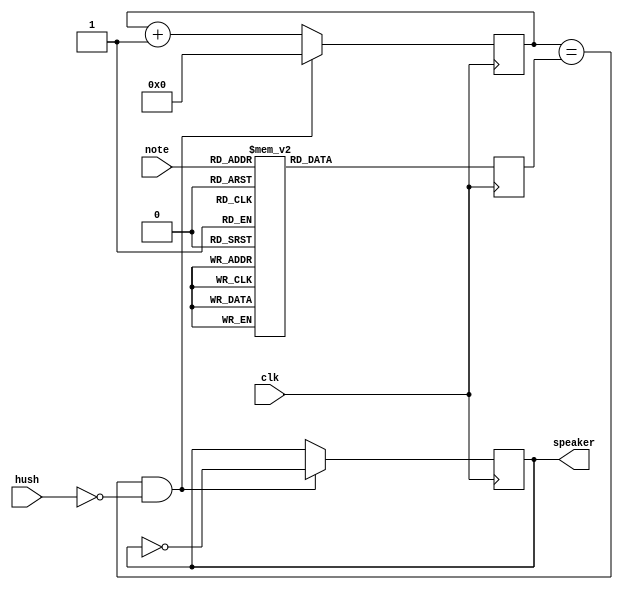
`timescale 1ns / 1ps
//////////////////////////////////////////////////////////////////////////////////
// Company: 
// Engineer: 
// 
// Design Name: 
// Module Name: Lab4
// Project Name: 
// Target Devices: 
// Tool Versions: 
// Description: 
// 
// Dependencies: 
// 
// Revision:
// Revision 0.01 - File Created
// Additional Comments:
// 
//////////////////////////////////////////////////////////////////////////////////


module Lab4(
//clock signal, 100 MHz from oscillator
input wire clk, 
//frequency select
input wire [3:0] note, 
//be silent
input wire hush,
//audio output
output wire speaker
);
//Sixteen keys cover more than one octave, which should be sufficient.
//The frequency of a key called "Concert A" or A4 is 440 Hz.
//The twelfth root of two relates the frequencies of adjacent keys.
//The single clock used in this design is running at a nominal 100 MHz
reg [17:0] clockcount;
reg clockoutput;
//Oscillator Frequency 100000000
//Oscillator Period 0.00000001
reg [16:0] Hertz;

always@(posedge clk)
begin
    case(note)
        //A4
        4'b0000 : Hertz = 17'b11011101111100011; 
        //A#/Bb     
        4'b0001 : Hertz = 17'b11010001011111001; 
        //B/Cb
        4'b0010 : Hertz = 17'b11000101101110101; 
        //C/B#
        4'b0011 : Hertz = 17'b10111010101000011;
        //C#/Db 
        4'b0100 : Hertz = 17'b10110000001010000; 
        //D
        4'b0101 : Hertz = 17'b10100110010001010;
        //D#/Eb 
        4'b0110 : Hertz = 17'b10011100111100000; 
        //E/Fb
        4'b0111 : Hertz = 17'b10010100001000010; 
        //F/E#
        4'b1000 : Hertz = 17'b10001011110100001; 
        //F#/Gb
        4'b1001 : Hertz = 17'b10000011111110000; 
        //G
        4'b1010 : Hertz = 17'b01111100100011111; 
        //G#/Ab
        4'b1011 : Hertz = 17'b01110101100100100; 
        //A5
        4'b1100 : Hertz = 17'b01101110111110001; 
        //A#/Bb
        4'b1101 : Hertz = 17'b01101000101111100; 
        //B/Cb
        4'b1110 : Hertz = 17'b01100010110111010; 
        //C/B#
        4'b1111 : Hertz = 17'b01011101010100001; 
        default : Hertz = 17'b00000000000000000;
    endcase
end

initial
begin
    clockoutput <= 0;
    clockcount <= 0;
end

always@(posedge clk)
begin
    clockcount <= clockcount + 1;
    if ((clockcount == Hertz) && (hush == 1'b0))
begin
        clockcount <= 0;
        clockoutput <= !clockoutput;
    end
end
assign speaker = clockoutput;
endmodule